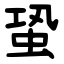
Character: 蛩